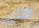
كان